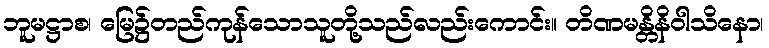
ဘူမဋ္ဌာစ၊ မြေ၌တည်ကုန်သောသူတို့သည်လည်းကောင်း။ တိဏမန္တိနိဝါသိနော၊